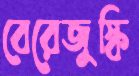
বেরেজুস্কি